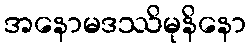
အနောမဒဿိမုနိနော